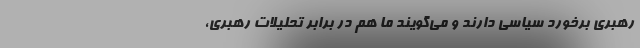
رهبری برخورد سیاسی دارند و می‌گویند ما هم در برابر تحلیلات رهبری،